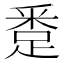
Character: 𨁢